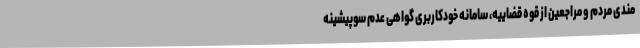
مندی مردم و مراجعین از قوه قضاییه، سامانه خودکاربری گواهی عدم سوپیشینه